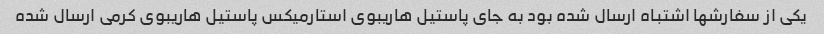
یکی از سفارشها اشتباه ارسال شده بود به جای پاستیل هاریبوی استارمیکس پاستیل هاریبوی کرمی ارسال شده